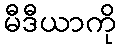
မီဒီယာကို